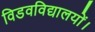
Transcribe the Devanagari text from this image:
विडवविद्यालयों।